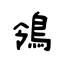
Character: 鴒